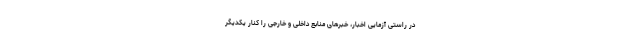
در راستی آزمایی اخبار، خبرهای منابع داخلی و خارجی را کنار یکدیگر